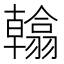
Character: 𮋖